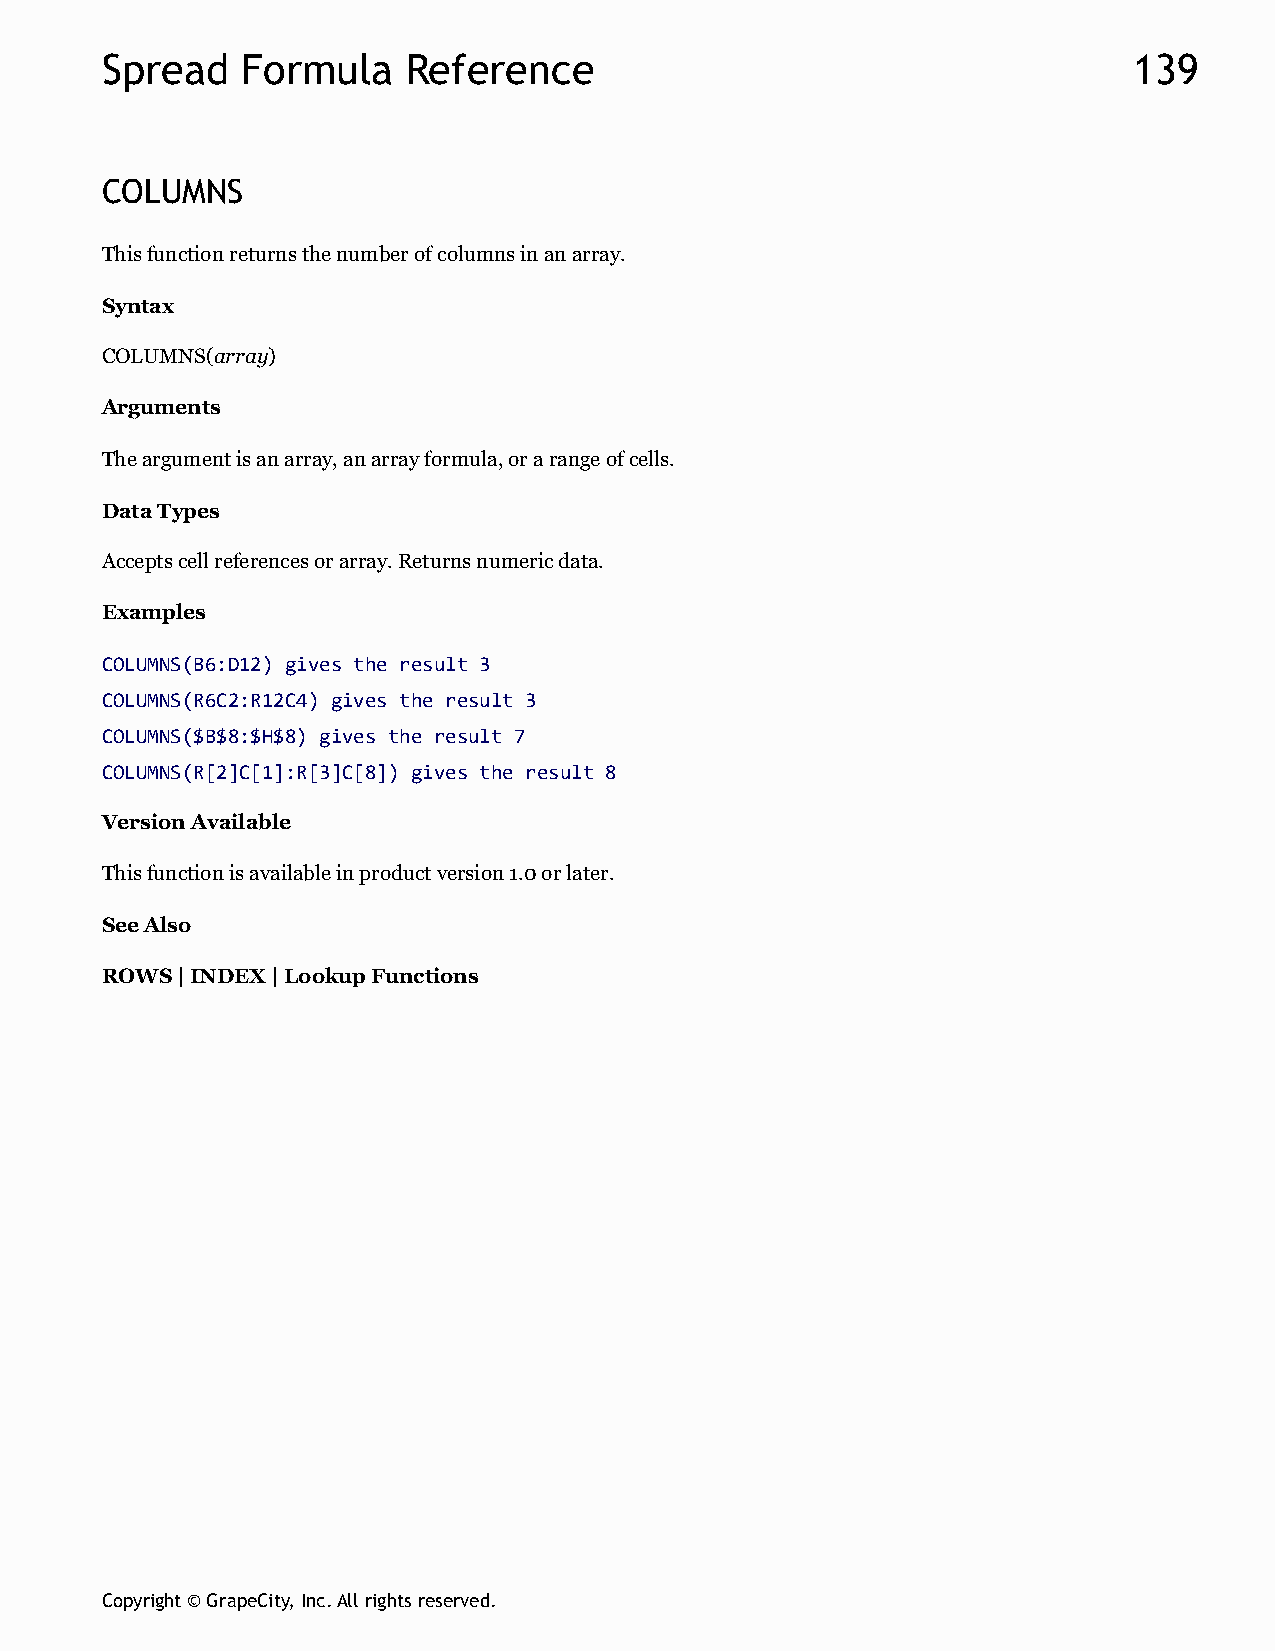
Spread   Formula    Reference                                       139
 COLUMNS
 This function returns the number of columns in an array.
 Syntax
 COLUMNS(array)
 Arguments
 The argument is an array, an array formula, or a range of cells.
 Data Types
 Accepts cell references or array. Returns numeric data.
 Examples
 COLUMNS(B6:D12) gives the result 3
 COLUMNS(R6C2:R12C4) gives the result 3
 COLUMNS($B$8:$H$8) gives the result 7
 COLUMNS(R[2]C[1]:R[3]C[8]) gives the result 8
 Version Available
 This function is available in product version 1.0 or later.
 See Also
 ROWS | INDEX | Lookup Functions
 Copyright © GrapeCity, Inc. All rights reserved.